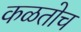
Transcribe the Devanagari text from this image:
कळतोच